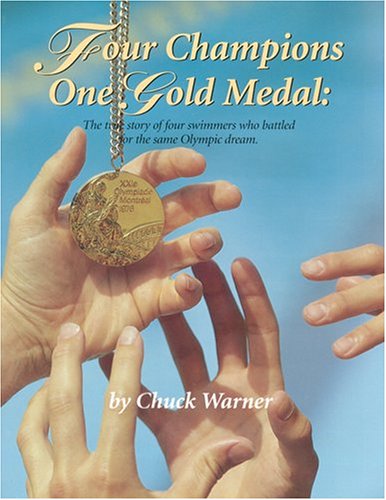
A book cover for Four Champions, One Gold Medal; Chuck Warner; Sports & Outdoors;